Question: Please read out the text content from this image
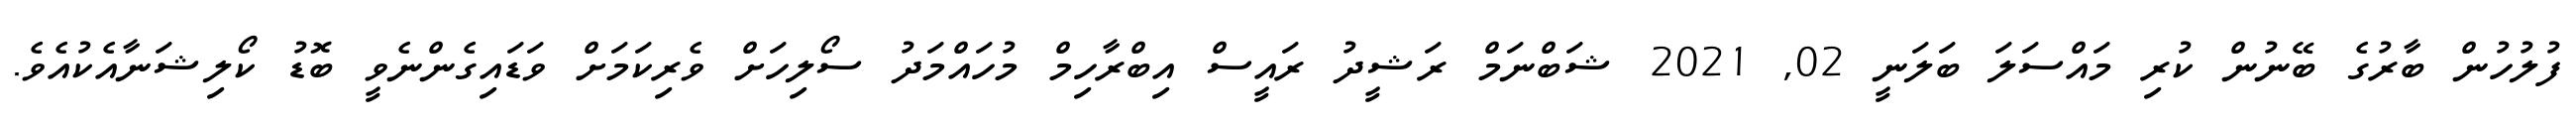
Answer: ފުލުހުން ބާރުގެ ބޭނުން ކުރި މައްސަލަ ބަލަނީ 02, 2021 ޝަބްނަމް ރަޝީދު ރައީސް އިބްރާހިމް މުހައްމަދު ސޯލިހަށް ވެރިކަމަށް ވަޑައިގެންނެވީ ބޮޑު ކޯލިޝަނާއެކުއެވެ.